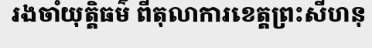
រងចាំយុត្តិធម៌ ពីតុលាការខេត្តព្រះសីហនុ